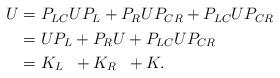
LaTeX: \begin{align*}\begin{aligned} U & = P_{LC}UP_L + P_RUP_{CR} + P_{LC}UP_{CR} \\ & = UP_L + P_RU + P_{LC}UP_{CR} \\ & = K_L \kern7pt + K_R \kern7pt + K.\end{aligned}\end{align*}